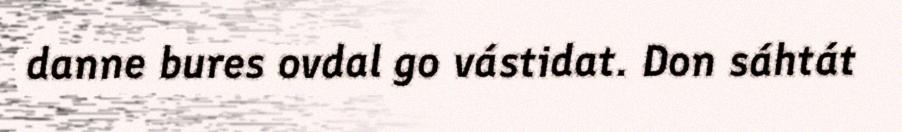
danne bures ovdal go vástidat. Don sáhtát